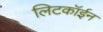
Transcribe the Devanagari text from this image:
लिटकॉईन